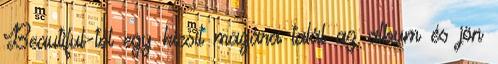
Beautiful-tól egy kicsit magára talál az album és jön